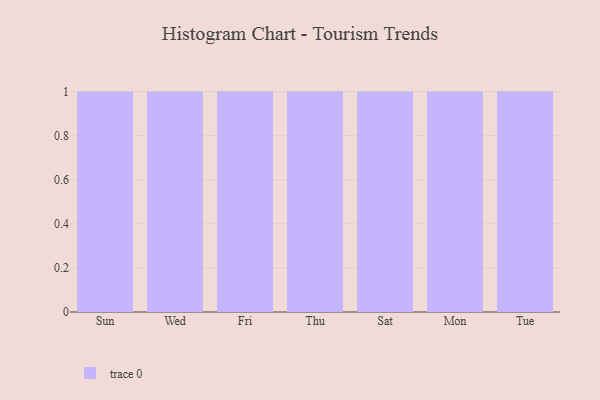
{"axis": {"x": "Day", "y": "Churn Rate (%)"}, "legend": [""], "data": [{"x": "Sun", "y": 13, "type": ""}, {"x": "Wed", "y": 19, "type": ""}, {"x": "Fri", "y": 72, "type": ""}, {"x": "Thu", "y": 74, "type": ""}, {"x": "Sat", "y": 44, "type": ""}, {"x": "Mon", "y": 1, "type": ""}, {"x": "Tue", "y": 41, "type": ""}]}